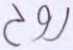
روح